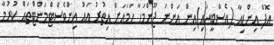
އޮފް އިންޑިއާ (އެސްބީއައި)އިން އަންނަ ޖޫންމަހާ ހަމައަށް އިތުރު އައު އިންވެސްޓްމަންޓްތައް ކުރުމާ